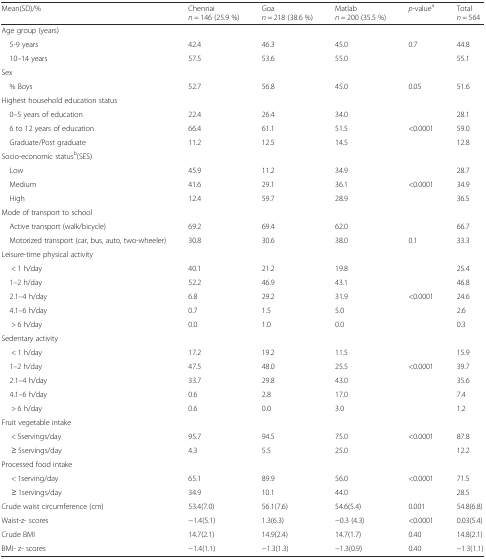
<table><thead><tr><td><b>Mean(SD)/%</b></td><td><b>Chennai<i>n</i> = 146 (25.9 %)</b></td><td><b>Goa<i>n</i> = 218 (38.6 %)</b></td><td><b>Matlab<i>n</i> = 200 (35.5 %)</b></td><td><b><i>p</i>-value<sup>a</sup></b></td><td><b>Total <i>n</i> = 564</b></td></tr></thead><tbody><tr><td colspan="6">Age group (years)</td></tr><tr><td> 5-9 years</td><td>42.4</td><td>46.3</td><td>45.0</td><td rowspan="2">0.7</td><td>44.8</td></tr><tr><td> 10–14 years</td><td>57.5</td><td>53.6</td><td>55.0</td><td>55.1</td></tr><tr><td colspan="6">Sex</td></tr><tr><td> % Boys</td><td>52.7</td><td>56.8</td><td>45.0</td><td>0.05</td><td>51.6</td></tr><tr><td colspan="6">Highest household education status</td></tr><tr><td> 0–5 years of education</td><td>22.4</td><td>26.4</td><td>34.0</td><td></td><td>28.1</td></tr><tr><td> 6 to 12 years of education</td><td>66.4</td><td>61.1</td><td>51.5</td><td>&lt;0.0001</td><td>59.0</td></tr><tr><td> Graduate/Post graduate</td><td>11.2</td><td>12.5</td><td>14.5</td><td></td><td>12.8</td></tr><tr><td colspan="6">Socio-economic status<sup>b</sup>(SES)</td></tr><tr><td> Low</td><td>45.9</td><td>11.2</td><td>34.9</td><td></td><td>28.7</td></tr><tr><td> Medium</td><td>41.6</td><td>29.1</td><td>36.1</td><td>&lt;0.0001</td><td>34.9</td></tr><tr><td> High</td><td>12.4</td><td>59.7</td><td>28.9</td><td></td><td>36.5</td></tr><tr><td colspan="6">Mode of transport to school</td></tr><tr><td> Active transport (walk/bicycle)</td><td>69.2</td><td>69.4</td><td>62.0</td><td></td><td>66.7</td></tr><tr><td> Motorized transport (car, bus, auto, two-wheeler)</td><td>30.8</td><td>30.6</td><td>38.0</td><td>0.1</td><td>33.3</td></tr><tr><td colspan="6">Leisure-time physical activity</td></tr><tr><td>&lt; 1 h/day</td><td>40.1</td><td>21.2</td><td>19.8</td><td></td><td>25.4</td></tr><tr><td> 1–2 h/day</td><td>52.2</td><td>46.9</td><td>43.1</td><td></td><td>46.8</td></tr><tr><td> 2.1–4 h/day</td><td>6.8</td><td>29.2</td><td>31.9</td><td>&lt;0.0001</td><td>24.6</td></tr><tr><td> 4.1–6 h/day</td><td>0.7</td><td>1.5</td><td>5.0</td><td></td><td>2.6</td></tr><tr><td>&gt; 6 h/day</td><td>0.0</td><td>1.0</td><td>0.0</td><td></td><td>0.3</td></tr><tr><td colspan="6">Sedentary activity</td></tr><tr><td>&lt; 1 h/day</td><td>17.2</td><td>19.2</td><td>11.5</td><td></td><td>15.9</td></tr><tr><td> 1–2 h/day</td><td>47.5</td><td>48.0</td><td>25.5</td><td>&lt;0.0001</td><td>39.7</td></tr><tr><td> 2.1–4 h/day</td><td>33.7</td><td>29.8</td><td>43.0</td><td></td><td>35.6</td></tr><tr><td> 4.1–6 h/day</td><td>0.6</td><td>2.8</td><td>17.0</td><td></td><td>7.4</td></tr><tr><td>&gt; 6 h/day</td><td>0.6</td><td>0.0</td><td>3.0</td><td></td><td>1.2</td></tr><tr><td colspan="6">Fruit vegetable intake</td></tr><tr><td>&lt; 5servings/day</td><td>95.7</td><td>94.5</td><td>75.0</td><td rowspan="2">&lt;0.0001</td><td>87.8</td></tr><tr><td>≥ 5servings/day</td><td>4.3</td><td>5.5</td><td>25.0</td><td>12.2</td></tr><tr><td colspan="6">Processed food intake</td></tr><tr><td>&lt; 1serving/day</td><td>65.1</td><td>89.9</td><td>56.0</td><td rowspan="2">&lt;0.0001</td><td>71.5</td></tr><tr><td>≥ 1servings/day</td><td>34.9</td><td>10.1</td><td>44.0</td><td>28.5</td></tr><tr><td>Crude waist circumference (cm)</td><td>53.4(7.0)</td><td>56.1(7.6)</td><td>54.6(5.4)</td><td>0.001</td><td>54.8(6.8)</td></tr><tr><td>Waist-z- scores</td><td>−1.4(5.1)</td><td>1.3(6.3)</td><td>−0.3 (4.3)</td><td>&lt;0.0001</td><td>0.03(5.4)</td></tr><tr><td>Crude BMI</td><td>14.7(2.1)</td><td>14.9(2.4)</td><td>14.7(1.7)</td><td>0.40</td><td>14.8(2.1)</td></tr><tr><td>BMI- z- scores</td><td>−1.4(1.1)</td><td>−1.3(1.3)</td><td>−1.3(0.9)</td><td>0.40</td><td>−1.3(1.1)</td></tr></tbody></table>